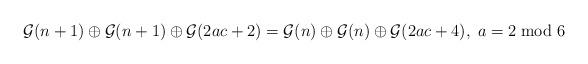
LaTeX: \begin{align*} \mathcal{G}(n+1) \oplus \mathcal{G}(n+1) \oplus \mathcal{G}(2ac+2) = \mathcal{G}(n) \oplus \mathcal{G}(n) \oplus \mathcal{G}(2ac+4), \; a= 2\bmod 6 \end{align*}